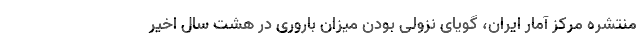
منتشره مرکز آمار ایران، گویای نزولی بودن میزان باروری در هشت سال اخیر